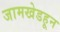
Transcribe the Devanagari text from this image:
जामखेडहून